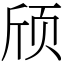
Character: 颀